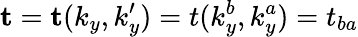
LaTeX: \mathbf{t}=\mathbf{t}(k_{y},k_{y}^{\prime})=t(k_{y}^{b},k_{y}^{a})=t_{ba}